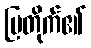
ပြတိုက်၏